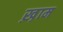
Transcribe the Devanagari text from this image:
ख़़ाम